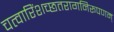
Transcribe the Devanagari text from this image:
चत्वारिंशच्छतरागनिरूपणम्‌